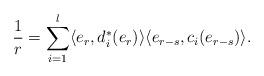
LaTeX: \begin{align*} \frac{1}{r}=\sum_{i=1}^l \langle e_r,d_i^*(e_r)\rangle\langle e_{r-s},c_i(e_{r-s})\rangle.\end{align*}